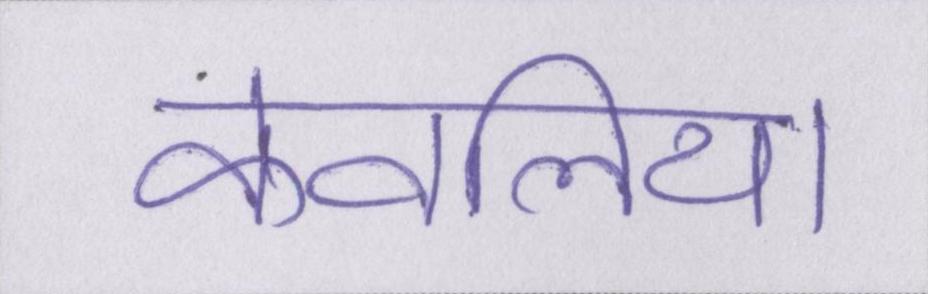
केवलिया